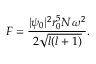
F = \frac { | \psi _ { 0 } | ^ { 2 } r _ { 0 } ^ { 5 } N \omega ^ { 2 } } { 2 \sqrt { l ( l + 1 ) } } .